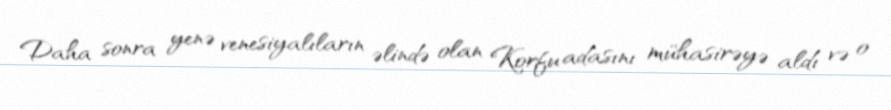
Daha sonra yenə venesiyalıların əlində olan Korfu adasını mühasirəyə aldı və o